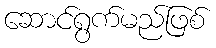
ဆောင်ရွက်မည်ဖြစ်